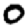
Digit: 0